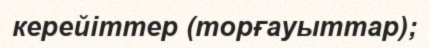
керейіттер (торғауыттар);